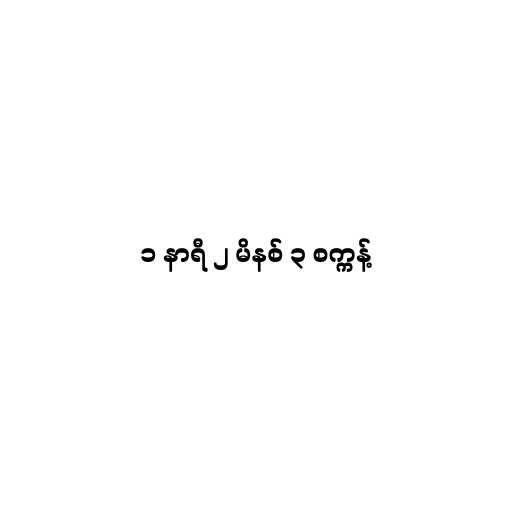
၁ နာရီ ၂ မိနစ် ၃ စက္ကန့်